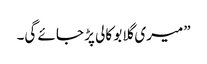
”میری گلابو کالی پڑ جائے گی۔